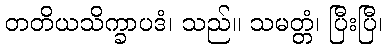
တတိယသိက္ခာပဒံ၊ သည်။ သမတ္တံ၊ ပြီးပြီ၊